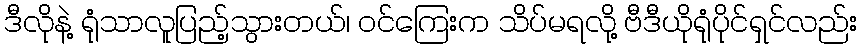
ဒီလိုနဲ့ ရုံသာလူပြည့်သွားတယ်၊ ဝင်ကြေးက သိပ်မရလို့ ဗီဒီယိုရုံပိုင်ရှင်လည်း